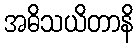
အဓိသယိတာနိ